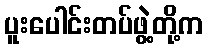
ပူးပေါင်းတပ်ဖွဲ့တို့က